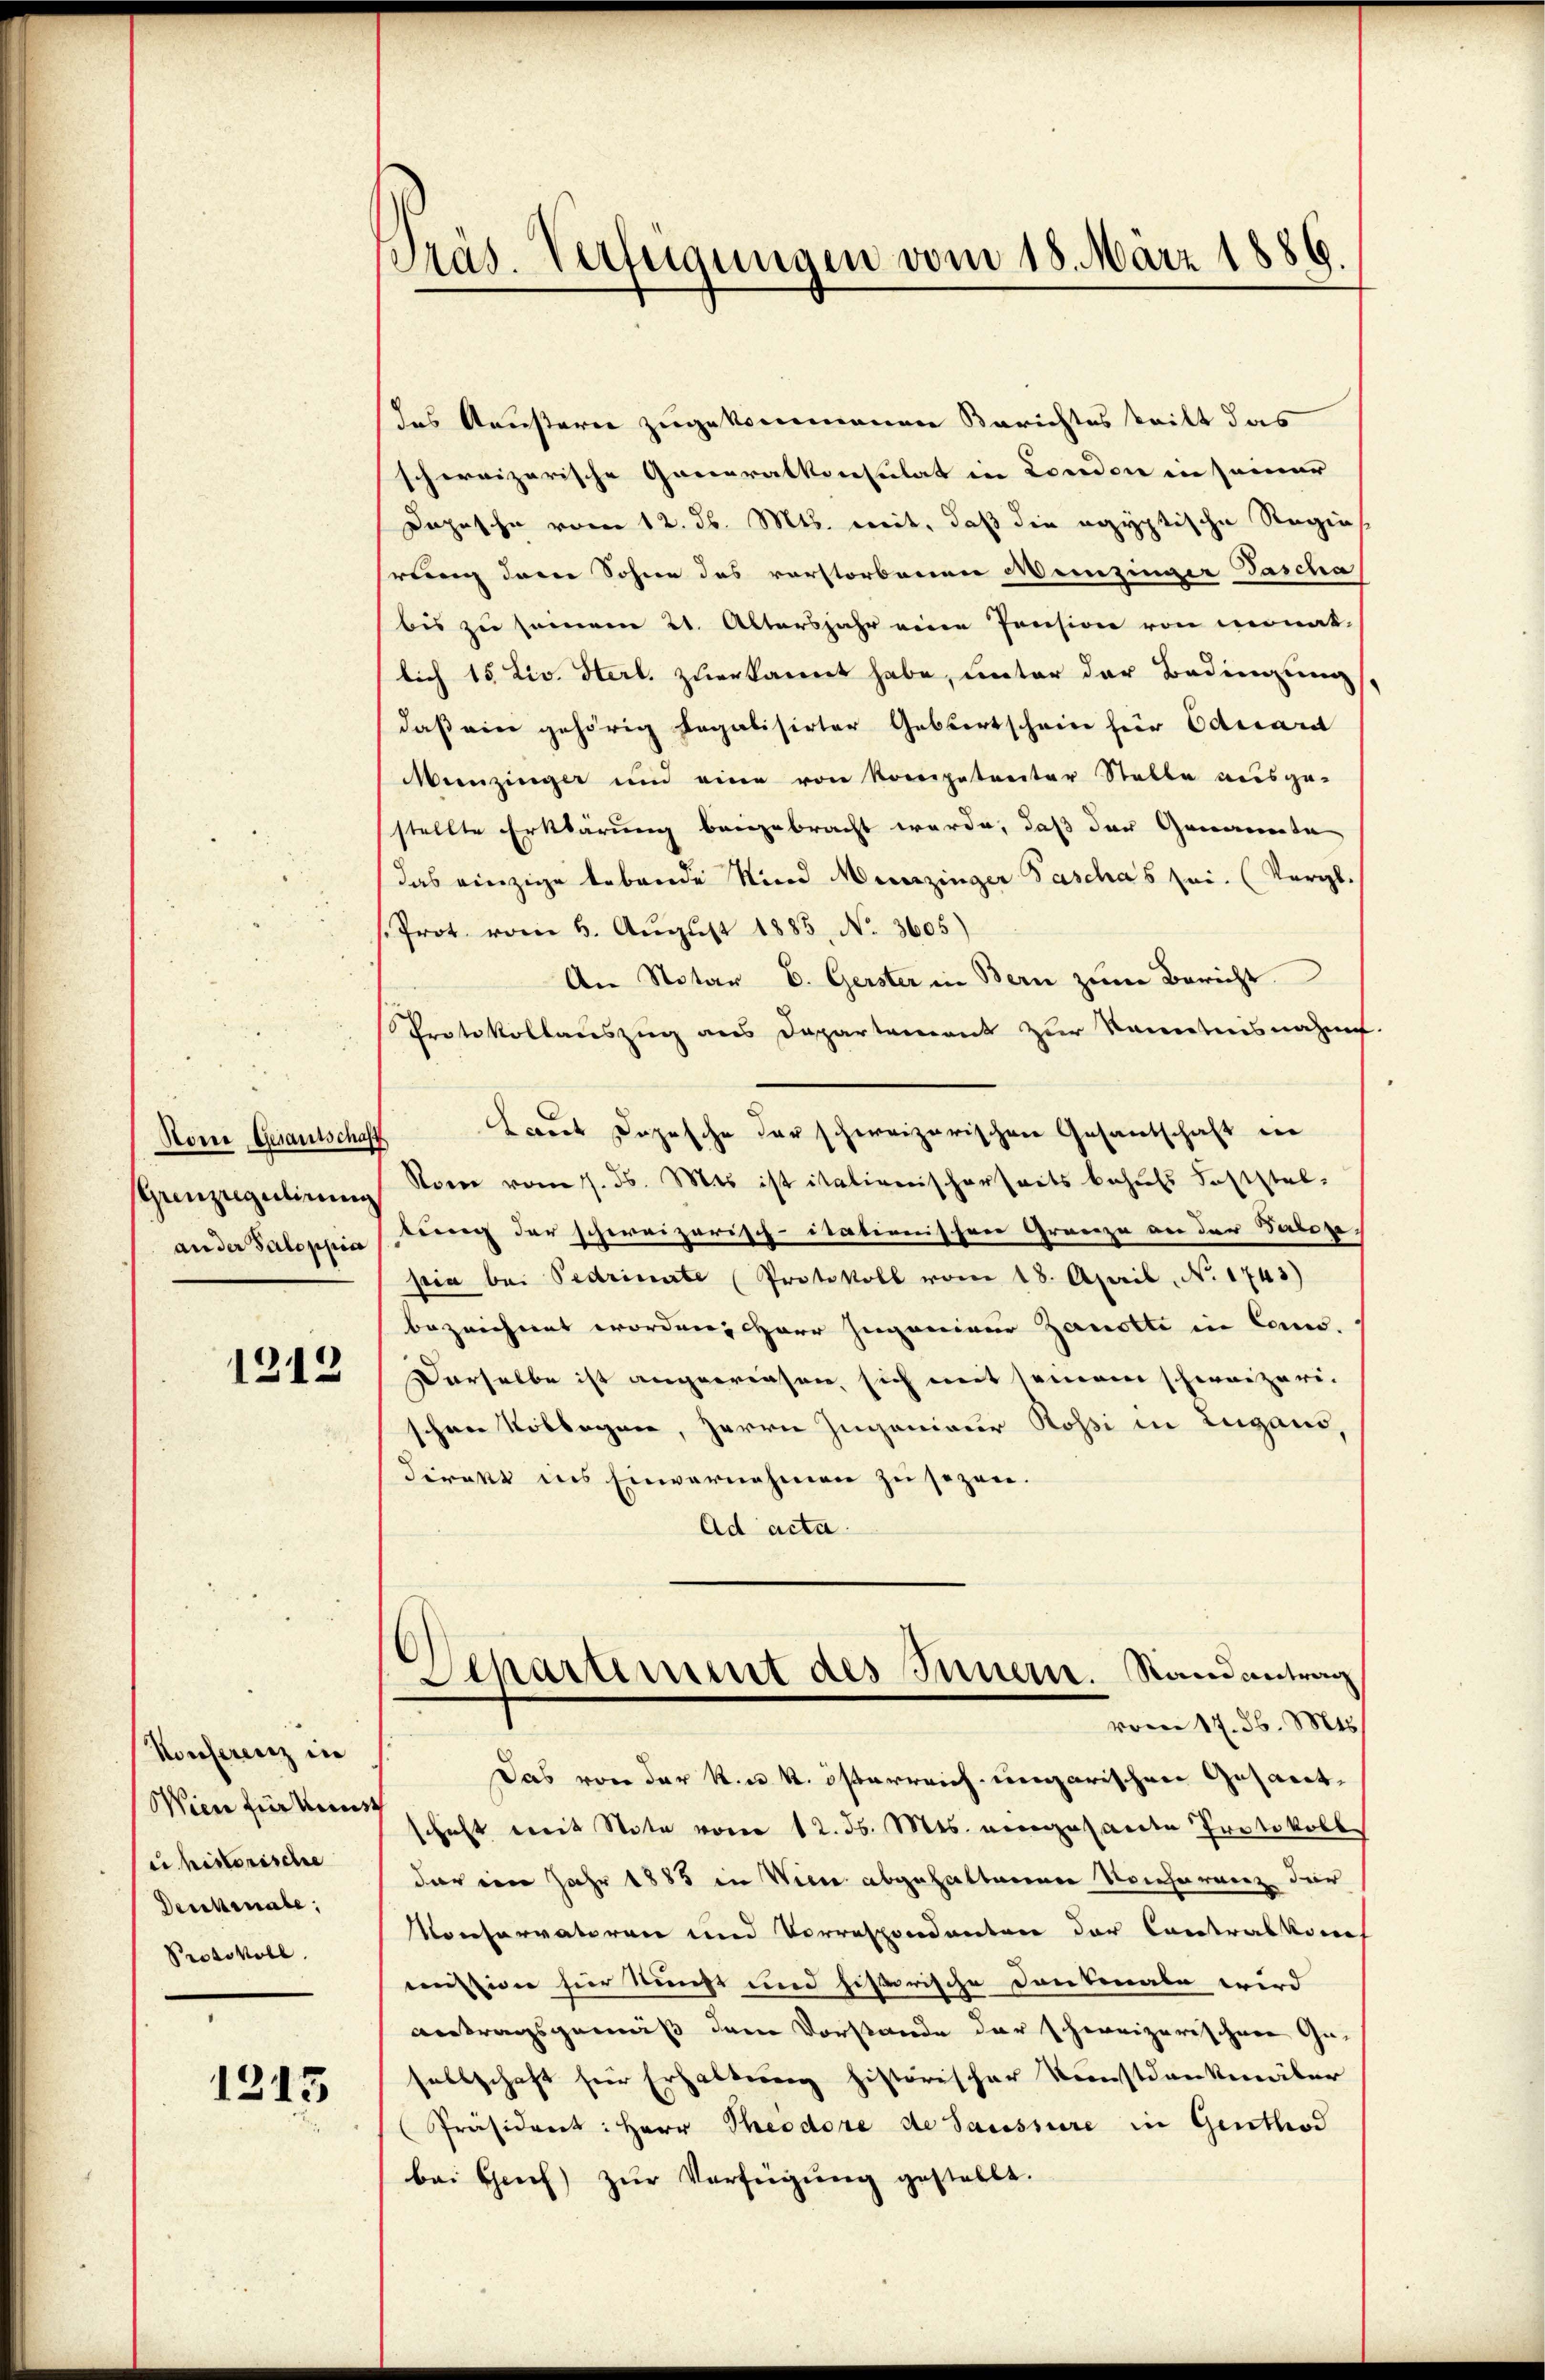
Horne Gesantschaff
Ganzeigulirung
an der Saloppia

1312

Konferenz in
Wien für kennst
c historische
Deuchenale,
Protokoll.

1315

Präs. Verfügungen vom 18. März 1886

das Aeustern zugekommenen Berichtes teilt das
schweizerische Generalkonsulat in London in seiner
Depesche vom 12. d. Mts. mit, daß die egyptische Regierung der Sohne des verstorbenen Menzinger Tascha
bis zu seinem 21. Altersjahr eine Pension von monat-
lich 15 Liv. Sterl. zuerkannt habe, unter der Bedingung
daß eine gehörig legalisirter Gebertschein für Eduard
Menzinger und eine von Kompetreiter Stelle ausge-
stellte Erklärung beigebracht werde, daß der Genannte
das einzige Lebende Kind Munzinger Paschas sei. (Vergl.
Prot. vom 6. August 1885, No 3605)
An Notar E. Gerster in Bern zŭm Bericht.
Protokollauszug aus Departement zur Kenntnisnahm
Laut Dopesche der schweizerischen Gesantschaft in
Rom vom 1. d. Mts. ist italienischerseits behŭfs Feststel-
tung der schereizerisch-stationischen Grenze an der Salore
pia bei Sedrimite Protokoll vom 18. April, No 1743)
bezeichnet worden, Herr Jugenieur Zanette in Cons.
Derselbe ist angewiesen, sich mit seinem schweizeri-
tchen Kollegen, Herrn Ingenieur Rossi in Lugano,
.
direkt ins Einvernehmen zu sezen.
Ad acta.
Departement des Innern. Randantrag
vom 17. d. Mts.
Das von der k. k. österreich ungarischen Gesantschaft mit Note vom 12. d. Mts. eingesandte Protokoll
dar im Jahr 1885 in Viere abgehaltenen Norcheranz der
Konservatoren und Vorrespondantere der Contralkons
esidee für Kunst und historische Cantonale wird
Antragsgemäß dem Vorstande der schweizerischen Ge-
sellschaft für Erhaltung historischer Kunstdenkmäler
Präsident: Herr Theodore de Saussure in Genthod
bei sich zŭr Verfügŭng gestellt.